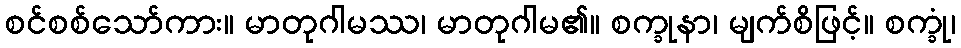
စင်စစ်သော်ကား။ မာတုဂါမဿ၊ မာတုဂါမ၏။ စက္ခုနာ၊ မျက်စိဖြင့်။ စက္ခုံ၊